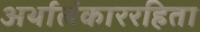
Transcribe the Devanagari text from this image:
अर्थालंकाररहिता